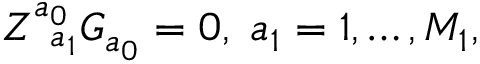
Z _ { \; \; a _ { 1 } } ^ { a _ { 0 } } G _ { a _ { 0 } } = 0 , \; a _ { 1 } = 1 , \ldots , M _ { 1 } ,